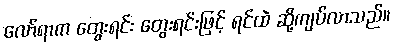
လော်ရာက တွေးရင်း တွေးရင်းဖြင့် ရင်ထဲ ဆို့ကျပ်လာသည်။